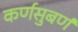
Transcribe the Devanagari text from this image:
कर्णसुबर्ण